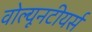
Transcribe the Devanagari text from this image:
वोल्यूनटीयर्स